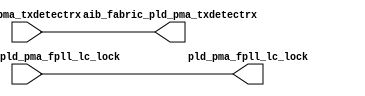
// SPDX-License-Identifier: Apache-2.0
// Copyright (C) 2019 Intel Corporation. 
module hdpldadapt_tx_async_direct (
// PLD IF
input  wire            pld_pma_txdetectrx,

// AIB IF
input  wire            aib_fabric_pld_pma_fpll_lc_lock,

// PLD IF
output   wire          pld_pma_fpll_lc_lock,

// AIB IF
output   wire          aib_fabric_pld_pma_txdetectrx
);

assign aib_fabric_pld_pma_txdetectrx = pld_pma_txdetectrx;
assign pld_pma_fpll_lc_lock          = aib_fabric_pld_pma_fpll_lc_lock;

endmodule